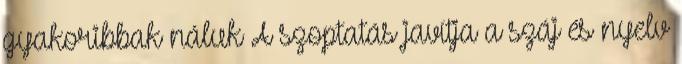
gyakoribbak náluk A szoptatás javítja a száj és nyelv